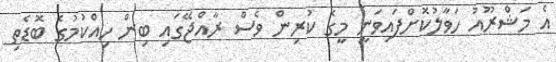
އެ މަޝްރޫއު ހަވާލުކޮށްފައިވަނީ މީގެ ކުރިން ވެސް ރާއްޖޭގައި ބިން ހިއްކުމުގެ ބޮޑެތި